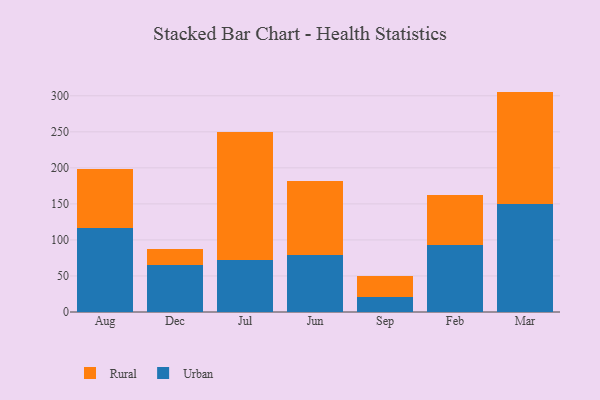
{"axis": {"x": "Month", "y": "Humidity (%)"}, "legend": ["Rural", "Urban"], "data": [{"x": "Aug", "y": 116.3, "type": "Urban"}, {"x": "Aug", "y": 81.9, "type": "Rural"}, {"x": "Dec", "y": 65.2, "type": "Urban"}, {"x": "Dec", "y": 22.6, "type": "Rural"}, {"x": "Jul", "y": 71.8, "type": "Urban"}, {"x": "Jul", "y": 178.4, "type": "Rural"}, {"x": "Jun", "y": 78.9, "type": "Urban"}, {"x": "Jun", "y": 103.4, "type": "Rural"}, {"x": "Sep", "y": 20.3, "type": "Urban"}, {"x": "Sep", "y": 30.2, "type": "Rural"}, {"x": "Feb", "y": 92.9, "type": "Urban"}, {"x": "Feb", "y": 69.8, "type": "Rural"}, {"x": "Mar", "y": 149.2, "type": "Urban"}, {"x": "Mar", "y": 156.6, "type": "Rural"}]}